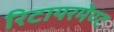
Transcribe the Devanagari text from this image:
रिटायरमेण्ट